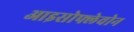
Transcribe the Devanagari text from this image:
आइसोफ्लेवोन